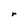
Character: r